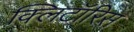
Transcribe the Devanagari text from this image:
क्लिटॉरिस